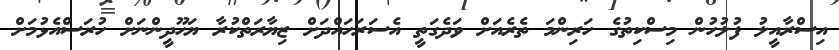
އިސްރާއީލު ފުލުހުން މިސްކިތުގެ ހަރިންމަ ތެރެއަށް ވަދެގަތީ އެސަރަހައްދަށް ޒިޔާރަތްކުރާ ޔަހޫދީންނަށް ހުރަސްއެޅުމަށް